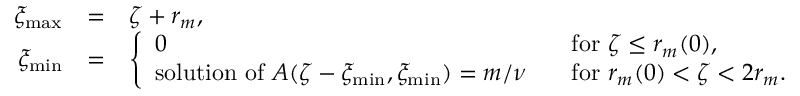
\begin{array} { r l l } { \xi _ { \operatorname* { m a x } } } & { = } & { \zeta + r _ { m } , \medskip } \\ { \xi _ { \operatorname* { m i n } } } & { = } & { \left\{ \begin{array} { l l } { 0 } & { \mathrm { ~ f o r ~ } \zeta \leq r _ { m } ( 0 ) , \medskip } \\ { \mathrm { s o l u t i o n ~ o f ~ } A ( \zeta - \xi _ { \operatorname* { m i n } } , \xi _ { \operatorname* { m i n } } ) = m / \nu \; \; } & { \mathrm { ~ f o r ~ } r _ { m } ( 0 ) < \zeta < 2 r _ { m } . } \end{array} \right. } \end{array}